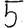
Digit: 5